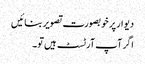
دیوار پر خوبصورت تصویر بنائیں
اگر آپ آرٹسٹ ہیں تو۔